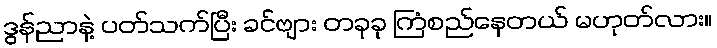
ဒွန်ညာနဲ့ ပတ်သက်ပြီး ခင်ဗျား တခုခု ကြံစည်နေတယ် မဟုတ်လား။